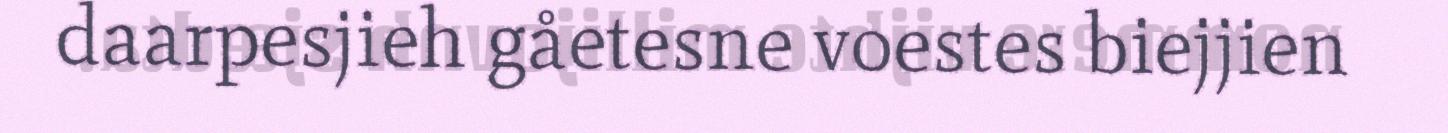
daarpesjieh gåetesne voestes biejjien